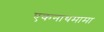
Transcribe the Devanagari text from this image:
एकनाथमामा